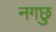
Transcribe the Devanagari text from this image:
नगछु